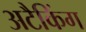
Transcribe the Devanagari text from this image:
अटैकिंग